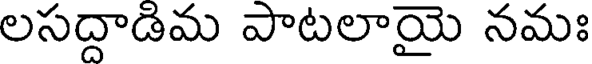
లసద్దాడిమ పాటలాయై నమః